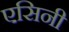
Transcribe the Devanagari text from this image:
एसिनी